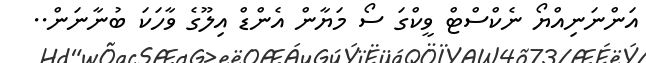
އަންނަނިއްޔޯ ނެކްސްޓް ވީކްގަ ސޯ މަޔާން އެންޑް އިލޫގެ ވާހަކަ ބުނާނަން..